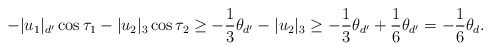
\begin{align*} -|u_1|_{d'} \cos \tau_1- |u_2|_3 \cos \tau_2 \ge -\frac{1}{3} \theta_{d'}- |u_2|_3 \ge -\frac{1}{3} \theta_{d'} + \frac{1}{6} \theta_{d'} =-\frac{1}{6} \theta_d \mbox{.} \end{align*}